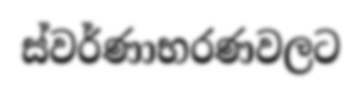
ස්වර්ණාභරණවලට